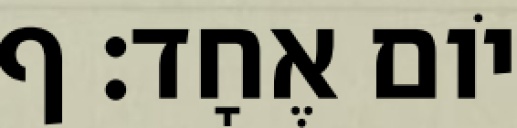
יֹום אֶחָד׃ ף